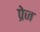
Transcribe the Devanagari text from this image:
प्रेज